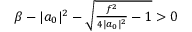
\begin{array} { r } { \beta - | a _ { 0 } | ^ { 2 } - \sqrt { \frac { f ^ { 2 } } { 4 | a _ { 0 } | ^ { 2 } } - 1 } > 0 } \end{array}